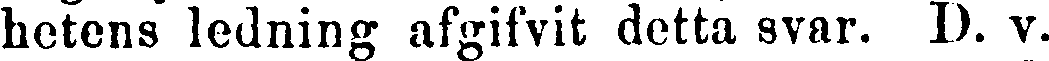
hetens ledning afgifvit detta svar. D. v.